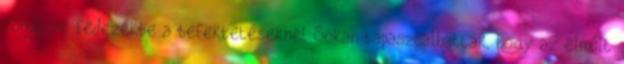
vonuljunk fedezékbe a befektetéseknél Sokan tapasztalhatták, hogy az elmúlt